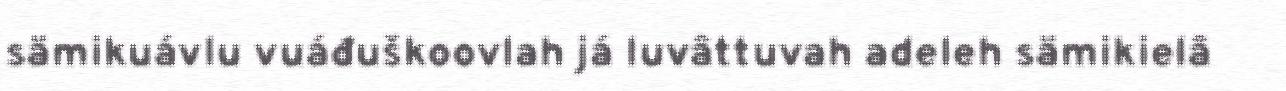
sämikuávlu vuáđuškoovlah já luvâttuvah adeleh sämikielâ